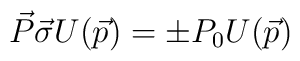
\vec{P}\vec{\sigma}U(\vec{p})=\pm P_{0}U(\vec{p})